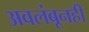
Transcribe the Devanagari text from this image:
अवलंबूनही